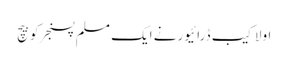
اولاکیب ڈرائیورنے ایک مسلم پسنجرکوبیچ